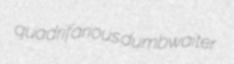
quadrifarious dumbwaiter